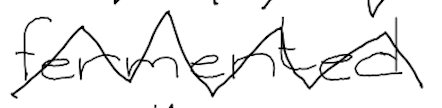
Text: fermented
Cross-out: zig-zag
Writing tool: digital_black